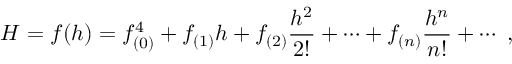
H = f ( h ) = f _ { ( 0 ) } ^ { 4 } + f _ { ( 1 ) } h + f _ { ( 2 ) } \frac { h ^ { 2 } } { 2 ! } + \cdots + f _ { ( n ) } \frac { h ^ { n } } { n ! } + \cdots \ ,